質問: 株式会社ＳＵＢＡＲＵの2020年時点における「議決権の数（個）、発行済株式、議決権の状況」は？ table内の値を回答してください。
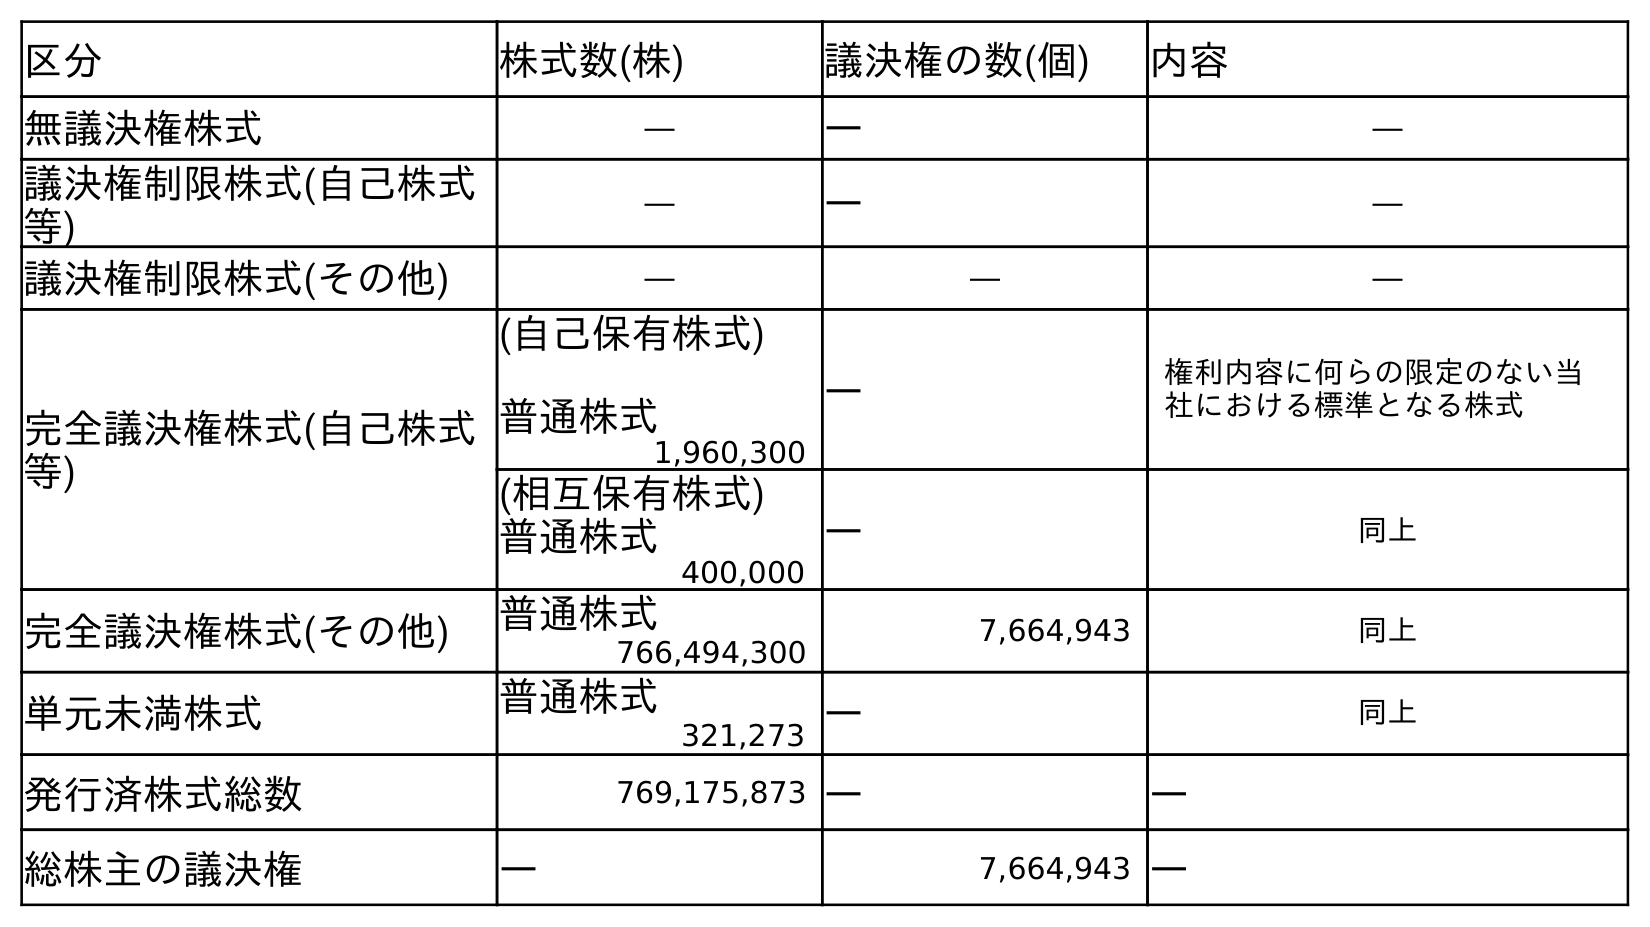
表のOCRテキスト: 区分 株式数(株) 議決権の数(個) 内容 無議決権株式 ― ― ― 議決権制限株式(自己株式 等) ― ― ― 議決権制限株式(その他) ― ― ― 完全議決権株式(自己株式 等) (自己保有株式) 普通株式 ― 権利内容に何らの限定のない当 社における標準となる株式 1,960,300 (相互保有株式) 普通株式 ― 同上 400,000 完全議決権株式(その他) 普通株式 7,664,943 同上 766,494,300 単元未満株式 普通株式 ― 同上 321,273 発行済株式総数 769,175,873 ― ― 総株主の議決権 ― 7,664,943 ―
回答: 7,664,943